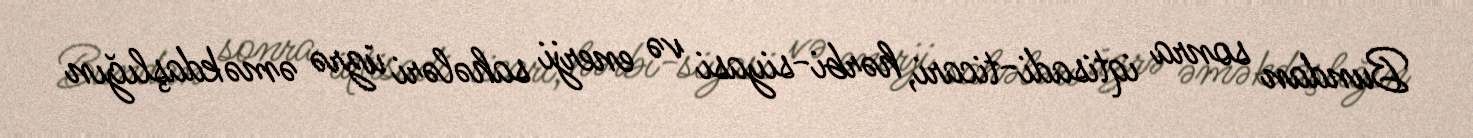
Bundan sonra iqtisadi-ticari, hərbi-siyasi və enerji sahələri üzrə əməkdaşlığın